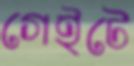
গেইটে